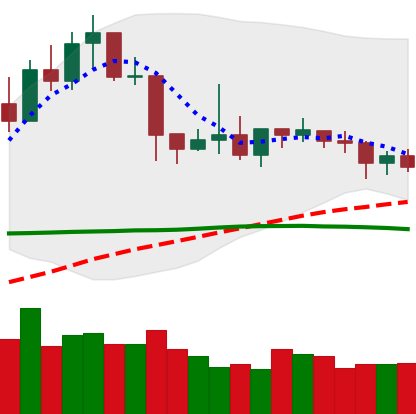
Ticker: XLM-USD
Chart end date: 2019-04-23
Forward return: -11.704%
Label: down_7plus